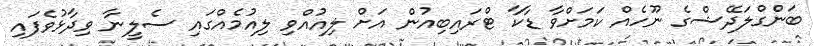
ބަންގްލަދޭޝްގެ ނޫހެއް ކަމަށްވާ ޑާކާ ޓްރައިބިއުން އަށް ލިއުއްވި ލިއުމެއްގައި ސެލީނާ ވިދާޅުވެފައި